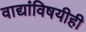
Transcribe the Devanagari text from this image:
वाद्यांविषयीही